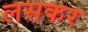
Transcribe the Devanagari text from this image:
लसकर